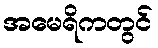
အမေရိကတွင်